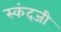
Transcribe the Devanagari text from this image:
स्कंदजी